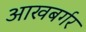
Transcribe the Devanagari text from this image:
आखबर्गर